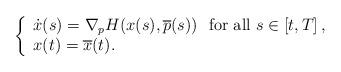
LaTeX: \begin{align*}\left\{\begin{array}{l}\dot{x}(s)= \nabla_p H(x(s),\overline{p}(s)) \ \mbox{ for all } s\in \left[ t, T \right],\\x(t)=\overline{x}(t).\end{array}\right.\end{align*}